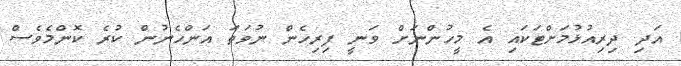
އަދި ދިރިއުޅުމަށްޓަކައި އެ މީހުންނަށް ވަނީ ފިރިހެން ނުވަތަ އަންހެނުން ކުރެ ކޮންމެވެސް